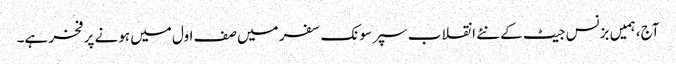
آج، ہمیں بزنس جیٹ کے نئے انقلاب سپر سونک سفر میں صف اول میں ہونے پر فخر ہے۔